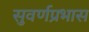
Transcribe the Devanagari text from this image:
सुवर्णप्रभास